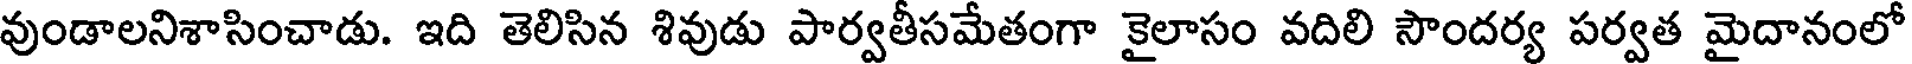
వుండాలనిశాసించాడు. ఇది తెలిసిన శివుడు పార్వతీసమేతంగా కైలాసం వదిలి సౌందర్య పర్వత మైదానంలో